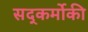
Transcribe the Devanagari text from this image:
सद्कर्मोकी